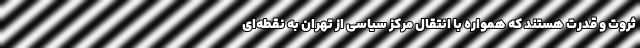
ثروت و قدرت هستند که همواره با انتقال مركز سياسي از تهران به نقطه‌اي